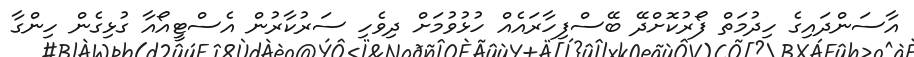
އާސަންދައިގެ ހިދުމަތް ފޯރުކޮށްދޭ ބޭސްފިހާރައެއް ހުޅުވުމަށް ދިވެހި ސަރުކާރުން އެސްޓީއޯއާ ގުޅިގެން ހިންގާ